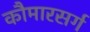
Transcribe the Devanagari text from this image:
कौमारसर्ग